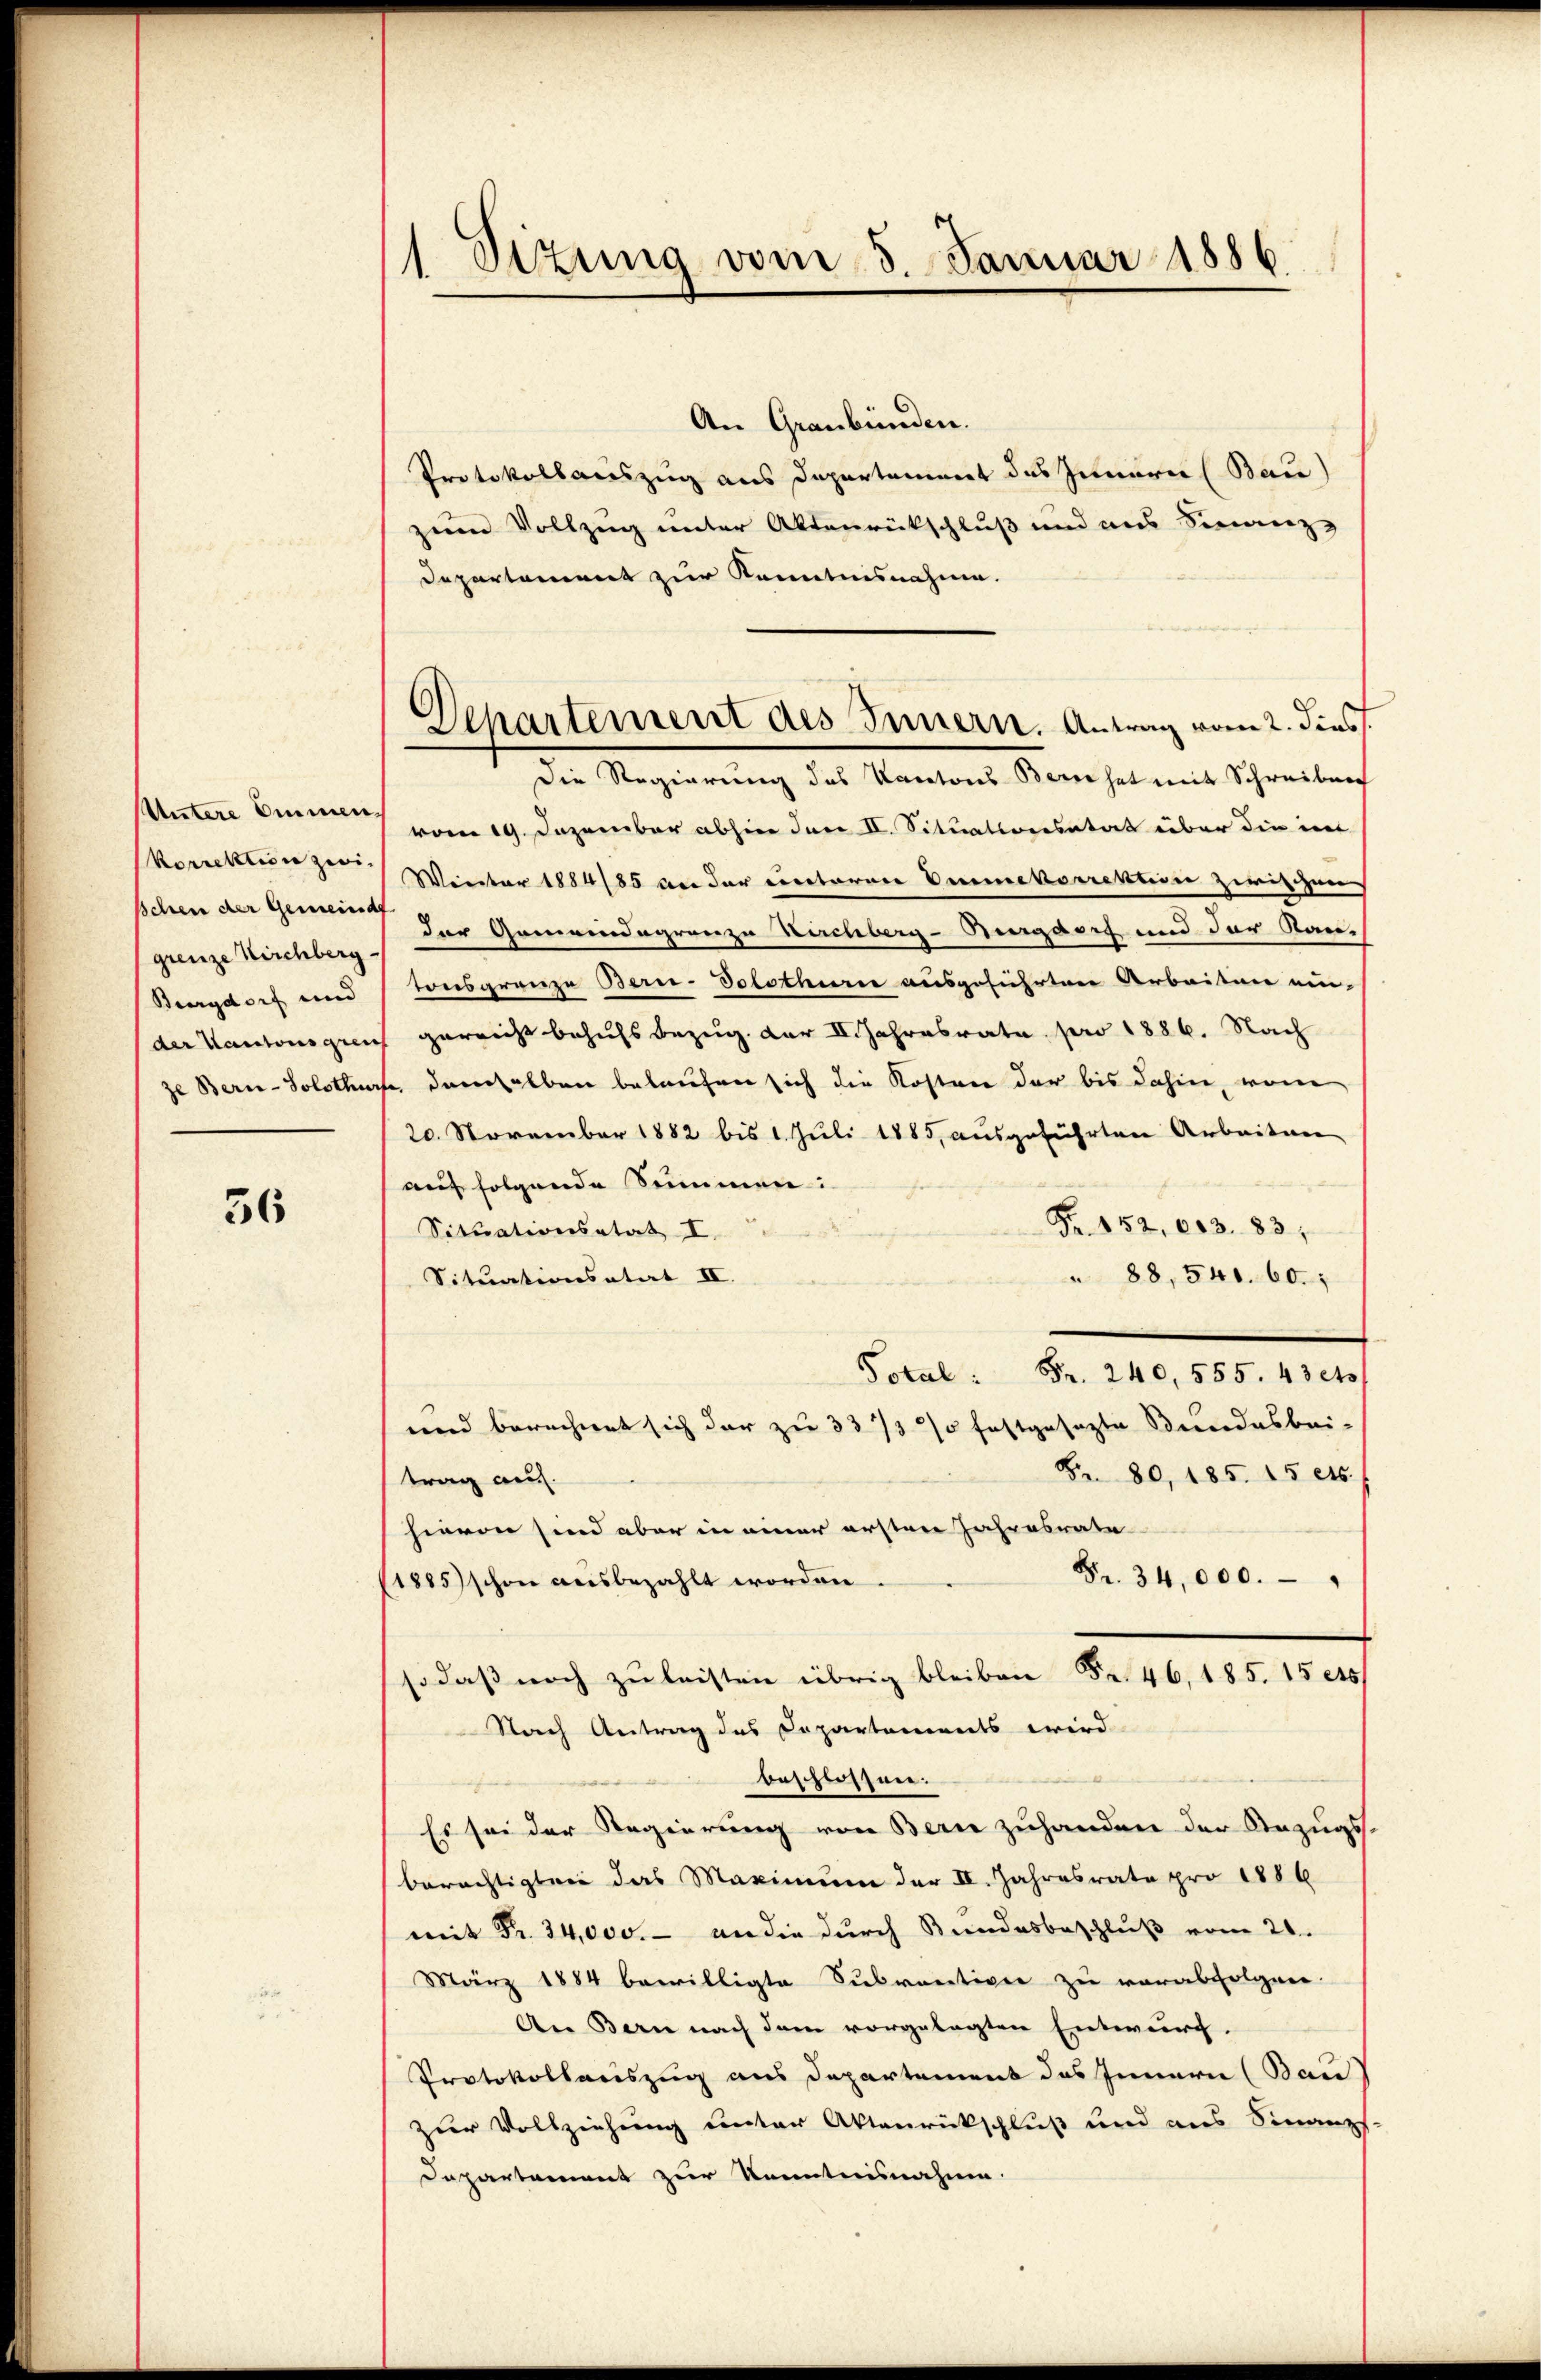
Untere Emmen,
korrektion zwischen der Gemeind
grenze Kirchberg
Burgdorf und
der Kantonsgren
ze Bern-Solothur

36

Sizung vom 3. Januar 1886.
.

Departement des Innern. Antrag vom 2. dies

An Graubünden.
Protokollauszug aus Departement das Innern (Bau)
zum Vollzug unter Aktenrückschluß und aus Finanz-
Departament zur Kenntnisnahme.
Die Regierung des Kantons Bern hat mit Schreiben
vom 19. Dezember abhier Jure II. Situaltoresatat über die int
Winter 1884/85 an der einetorene Ommekorrektion zwischeens
der Gemeindegrenze Kirchberg-Burgdorf und der Rautonsgrenze Bern-Solothurn ausgeführten Arbeiten ein-
 gereicht behufs Bezug. der II. Jahresrata pro 1886. Nach
fe demselben belaufen sich die Kosten der bis dahin, vom
20. November 1882 bis 1. Juli 1885, ausgeführten Arbeiten
auf folgende Summen:
Fr. 152. 613. 83,
Situationsatat I.
Situationsatat II.
 88, 540. 60.
Total Fr. 240. 555. 43 et
und berechnet sich der zu 33/3% festgesezte Beendesbei-
Fr. 80, 185. 15 cts.
trag auf.
hievon sind aber in einer ersten Jahresrate
Fr. 34,000.
(1885) schon ausbezahlt worden
so daß noch zu leisten übrig bleiben Fr. 46, 185. 15 et
Nach Antrag des Departements wird
beschlossen.
Es sei der Regierung von Bern zuhanden der Anzugs
berächtigten das Maximum der II. Jahresrate pro 1886
mit Fr. 24,000.- an die durch Bundesbeschluß vom 21.
März 1884 bewilligte Subventione zu verabfolgen.
An Bern nach dem vorgelegten Entwurf.
Protokollauszug aus Departement das Innern (Bau
zur Vollziehung unter Aktenrückschluß und aus Finanzs
Dapartament zur Kenntnisnahme.